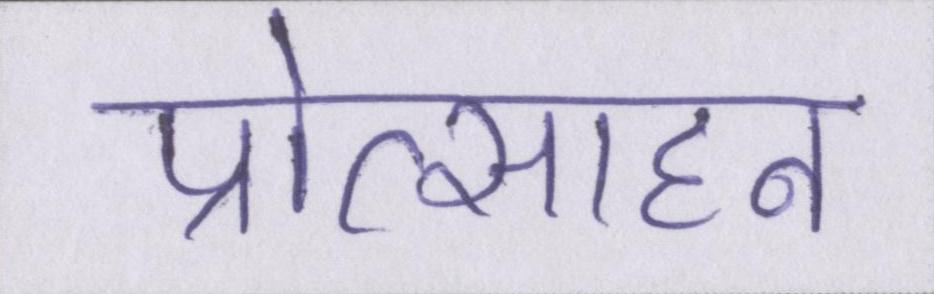
प्रोत्साहन